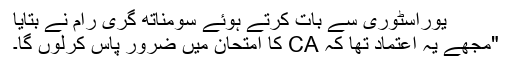
یوراسٹوری سے بات کرتے ہوئے سومناتھ گری رام نے بتایا
"مجھے یہ اعتماد تھا کہ CA کا امتحان میں ضرور پاس کرلوں گا۔